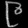
Digit: ၉